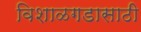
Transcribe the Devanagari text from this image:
विशाळगडासाठी